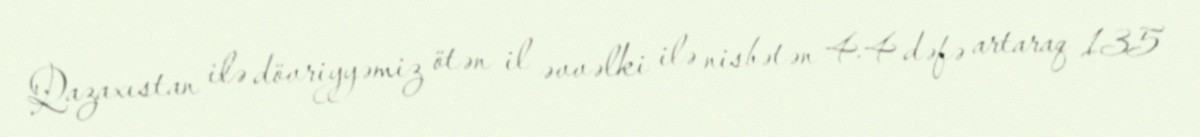
Qazaxıstan ilə dövriyyəmiz ötən il əvvəlki ilə nisbətən 4.4 dəfə artaraq 135